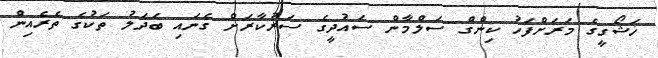
ޚަޝޯގީގެ މަރަށްފަހު ކިންގް ސަލްމާން ސައުދީގެ ސަރުކާރަށް ގެނައި ބަދަލު ތަކުގެ ތެރެއިން